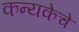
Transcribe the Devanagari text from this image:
कन्यकेचे